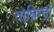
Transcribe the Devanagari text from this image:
ताबिन्दा